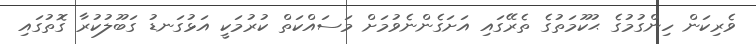
ވެރިކަން ހިންގުމުގެ ޙުކޫމަތުގެ ތެރޭގައި އަށަގެންނެވުމަށް މަސައްކަތް ކުރުމަކީ އަޅުގަނޑު ގަބޫލުކުރާ ގޮތުގައި